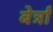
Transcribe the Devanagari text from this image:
बेर्त्रां